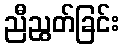
ညီညွတ်ခြင်း